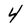
Character: 4